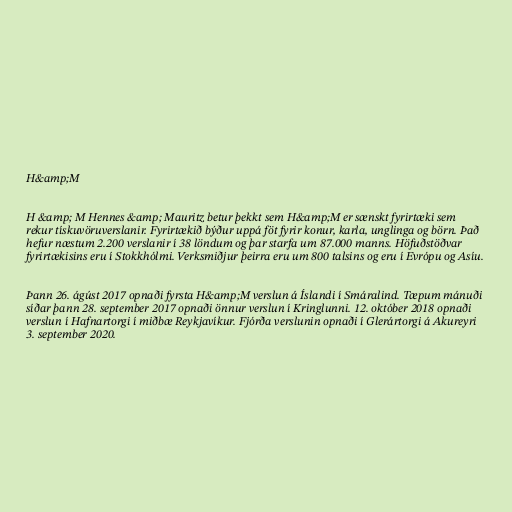
H&amp;M

H &amp; M Hennes &amp; Mauritz betur þekkt sem H&amp;M er sænskt fyrirtæki sem
rekur tískuvöruverslanir. Fyrirtækið býður uppá föt fyrir konur, karla, unglinga og börn. Það
hefur næstum 2.200 verslanir í 38 löndum og þar starfa um 87.000 manns. Höfuðstöðvar
fyrirtækisins eru í Stokkhólmi. Verksmiðjur þeirra eru um 800 talsins og eru í Evrópu og Asíu.

Þann 26. ágúst 2017 opnaði fyrsta H&amp;M verslun á Íslandi í Smáralind. Tæpum mánuði
síðar þann 28. september 2017 opnaði önnur verslun í Kringlunni. 12. október 2018 opnaði
verslun í Hafnartorgi í miðbæ Reykjavíkur. Fjórða verslunin opnaði í Glerártorgi á Akureyri
3. september 2020.